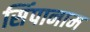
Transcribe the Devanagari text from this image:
सिंपानाम